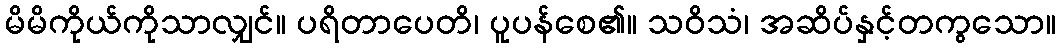
မိမိကိုယ်ကိုသာလျှင်။ ပရိတာပေတိ၊ ပူပန်စေ၏။ သဝိသံ၊ အဆိပ်နှင့်တကွသော။